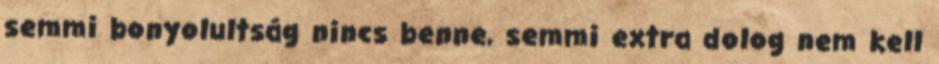
semmi bonyolultság nincs benne, semmi extra dolog nem kell